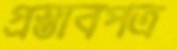
প্রস্তাবপত্র